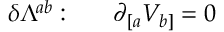
\delta \Lambda ^ { a b } : ~ ~ ~ ~ ~ \partial _ { [ a } V _ { b ] } = 0